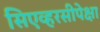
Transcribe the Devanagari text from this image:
सिएव्हरसीपेक्षा